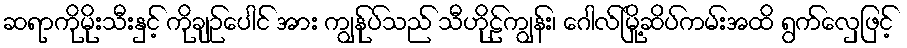
ဆရာကိုမိုးသီးနှင့် ကိုချဉ်ပေါင် အား ကျွန်ုပ်သည် သီဟိုဠ်ကျွန်း၊ ဂေါလ်မြို့ဆိပ်ကမ်းအထိ ရွက်လှေဖြင့်